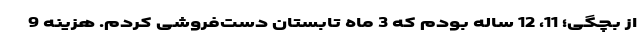
از بچگی؛ 11، 12 ساله بودم که 3 ماه تابستان دست‌فروشی کردم. هزینه 9